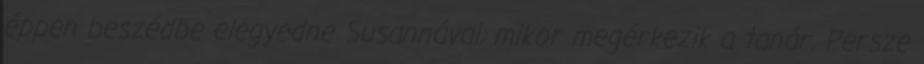
éppen beszédbe elegyedne Susannával, mikor megérkezik a tanár. Persze